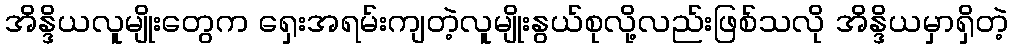
အိန္ဒိယလူမျိုးတွေက ရှေးအရမ်းကျတဲ့လူမျိုးနွယ်စုလို့လည်းဖြစ်သလို အိန္ဒိယမှာရှိတဲ့